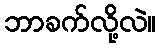
ဘာခက်လို့လဲ။